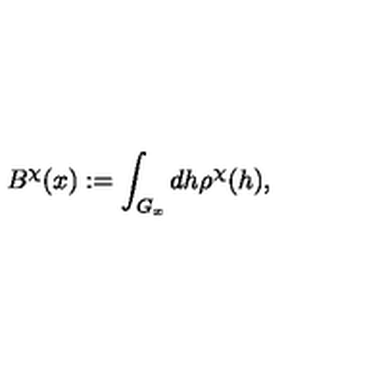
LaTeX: B ^ { \chi } ( x ) : = \int _ { G _ { x } } d h \rho ^ { \chi } ( h ) ,